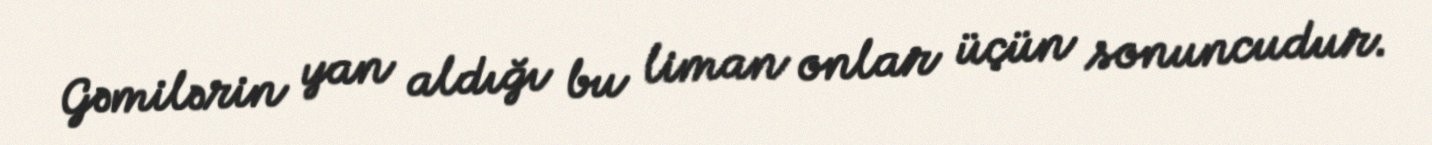
Gəmilərin yan aldığı bu liman onlar üçün sonuncudur.